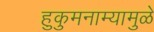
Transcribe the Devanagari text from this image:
हुकुमनाम्यामुळे